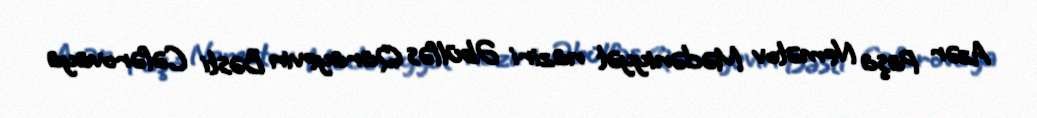
Azər Paşa Nemətov Mədəniyyət naziri Əbülfəs Qarayevin Bəsti Cəfərovaya